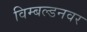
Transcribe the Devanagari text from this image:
विम्बल्डनवर